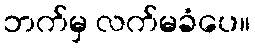
ဘက်မှ လက်မခံပေ။